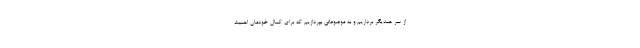
از سر همدیگر برداریم و به موضوعاتی بپردازیم که برای کمال خودمان اهمیت